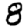
Digit: 8